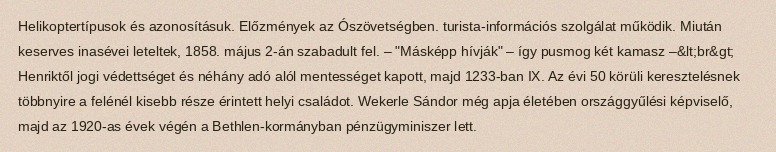
Helikoptertípusok és azonosításuk. Előzmények az Ószövetségben. turista-információs szolgálat működik. Miután keserves inasévei leteltek, 1858. május 2-án szabadult fel. – "Másképp hívják" – így pusmog két kamasz –&lt;br&gt; Henriktől jogi védettséget és néhány adó alól mentességet kapott, majd 1233-ban IX. Az évi 50 körüli keresztelésnek többnyire a felénél kisebb része érintett helyi családot. Wekerle Sándor még apja életében országgyűlési képviselő, majd az 1920-as évek végén a Bethlen-kormányban pénzügyminiszer lett.